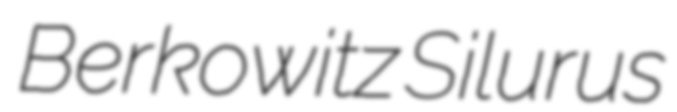
Berkowitz Silurus